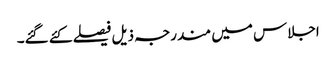
اجلاس میں مندرجہ ذیل فیصلے کئے گئے۔